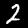
Digit: 2